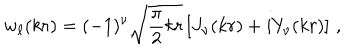
w _ { \ell } ( k r ) = ( - 1 ) ^ { \nu } \sqrt { \frac { \pi } { 2 } k r } \left[ J _ { \nu } ( k r ) + i Y _ { \nu } ( k r ) \right] \, ,